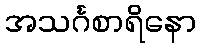
အသင်္ဂစာရိနော